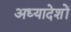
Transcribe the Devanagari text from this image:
अध्‍यादेशों